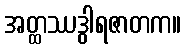
အတ္ထဿဒွါရဇာတက။